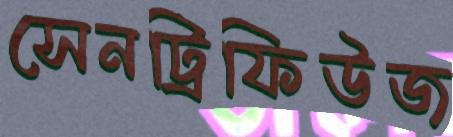
সেনট্রিফিউজ